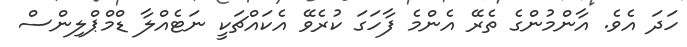
ހަދަ އެވެ. އާންމުންގެ ތެރޭ އެންމެ ފާހަގަ ކުރެވޭ އެކައްޗަކީ ނަޓެއްލާ ޑްމްޕްލިންސް